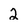
Character: 2